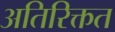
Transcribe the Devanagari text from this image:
अतिरिक्तत